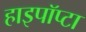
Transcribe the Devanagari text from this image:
हाइपॉप्टा